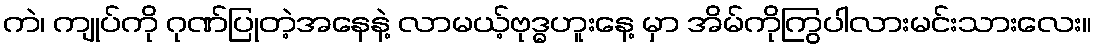
ကဲ၊ ကျုပ်ကို ဂုဏ်ပြုတဲ့အနေနဲ့ လာမယ့်ဗုဒ္ဓဟူးနေ့ မှာ အိမ်ကိုကြွပါလားမင်းသားလေး။